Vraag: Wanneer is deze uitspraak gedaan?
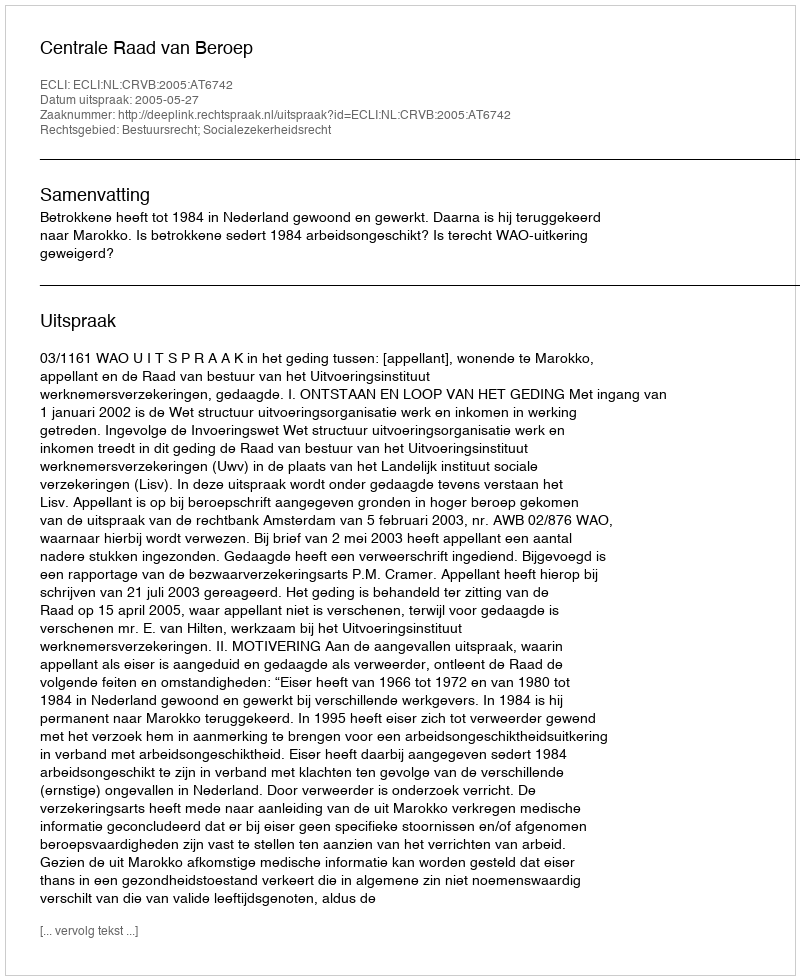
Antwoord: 2005-05-27